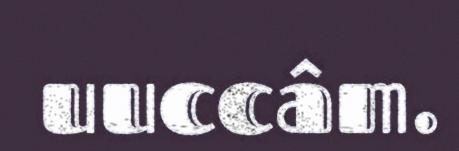
uuccâm.